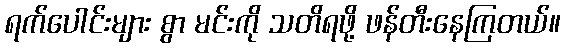
ရက်ပေါင်းများ စွာ မင်းကို သတိရဖို့ ဖန်တီးနေကြတယ်။